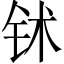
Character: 𬬸